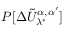
P [ \Delta \tilde { U } _ { \lambda ^ { * } } ^ { \alpha , \alpha ^ { \prime } } ]